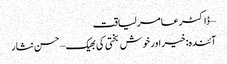
– ڈاکٹر عامر لیاقت
آئندہ: خیر اور خوش بختی کی بھیک – حسن نثار